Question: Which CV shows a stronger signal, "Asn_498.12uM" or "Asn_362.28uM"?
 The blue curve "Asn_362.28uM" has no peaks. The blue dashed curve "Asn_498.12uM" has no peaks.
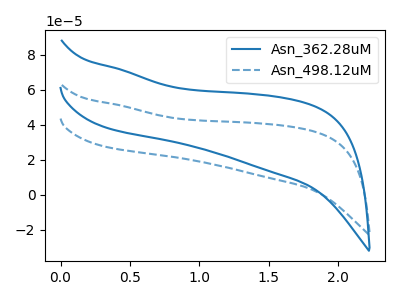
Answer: <think>Neither "Asn_498.12uM" or "Asn_362.28uM" have any peaks.
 </think>
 <answer>I cant tell if "Asn_498.12uM" or "Asn_362.28uM" has more signal.</answer>
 <eval>mixed_signal</eval>